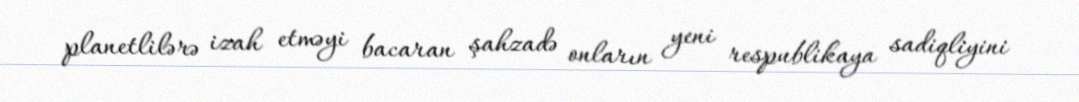
planetlilərə izah etməyi bacaran şahzadə onların yeni respublikaya sadiqliyini